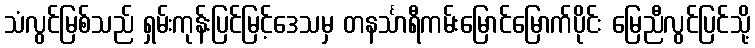
သံလွင်မြစ်သည် ရှမ်းကုန်းပြင်မြင့်ဒေသမှ တနင်္သာရီကမ်းမြောင်မြောက်ပိုင်း မြေညီလွင်ပြင်သို့